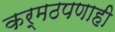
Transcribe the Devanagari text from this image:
कर्मठपणाही